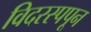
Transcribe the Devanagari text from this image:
विदरस्पपून